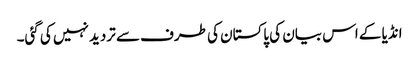
انڈیا کے اس بیان کی پاکستان کی طرف سے تردید نہیں کی گئی۔